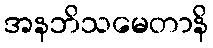
အနဘိသမေတာနိ